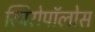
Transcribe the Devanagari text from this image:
स्पिरोपॉलोस